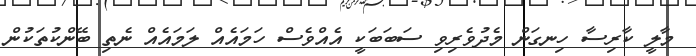
މާލީ ކާރިސާ ހިނގަން މެދުވެރިވި ސަބަބަކީ އެއްވެސް ހަމައެއް ލަމައެއް ނެތި ބޭންކުތަކުން